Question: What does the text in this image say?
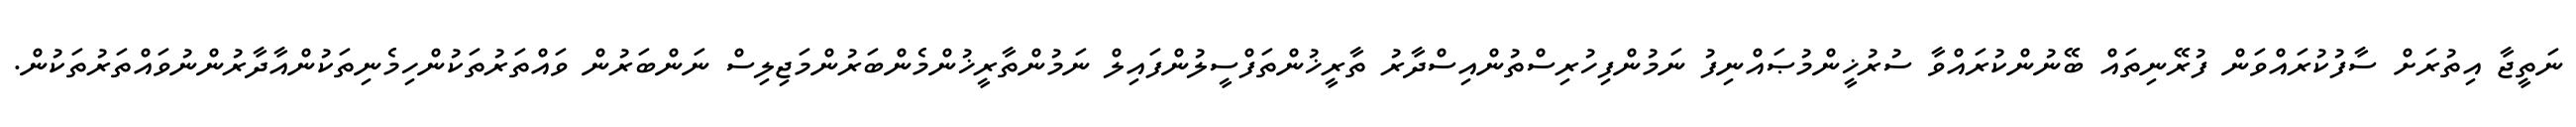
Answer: ނަތީޖާ އިތުރަށް ސާފުކުރައްވަން ފުރޭނިތައް ބޭނުންކުރައްވާ ސުރުޚީންމުޞައްނިފު ނަމުންފިހުރިސްތުންއިސްދާރު ތާރީޚުންތަފްސީލުންފައިލް ނަމުންތާރީޚުންމެންބަރުންމަޖިލިސް ނަންބަރުން ވައްތަރުތަކުންހިމެނިތަކުންއާދާރުންނުވައްތަރުތަކުން.